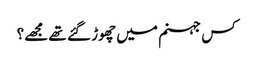
کس جہنم میں چھوڑ گئے تھے مجھے؟